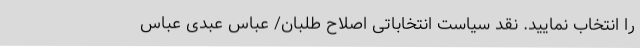
را انتخاب نمایید. نقد سیاست انتخاباتی اصلاح‌ طلبان/ عباس عبدی عباس